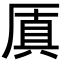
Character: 厧